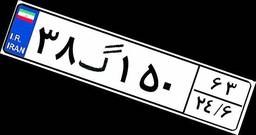
۳۸گ۱۵۰۶۳